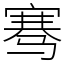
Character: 骞